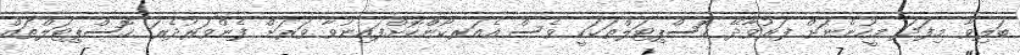
ބަލިވާ މިފަދަ މީހުންނަށް ފަރުވާދޭ ހޮސްޕިޓަލްތަކަކީ ވެސް އެއަރކޯންކޮށްފައިނުވާ ވަރަށް ފެންވަރުދެރަ ހޮސްޕިޓަލްތައް